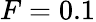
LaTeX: F=0.1